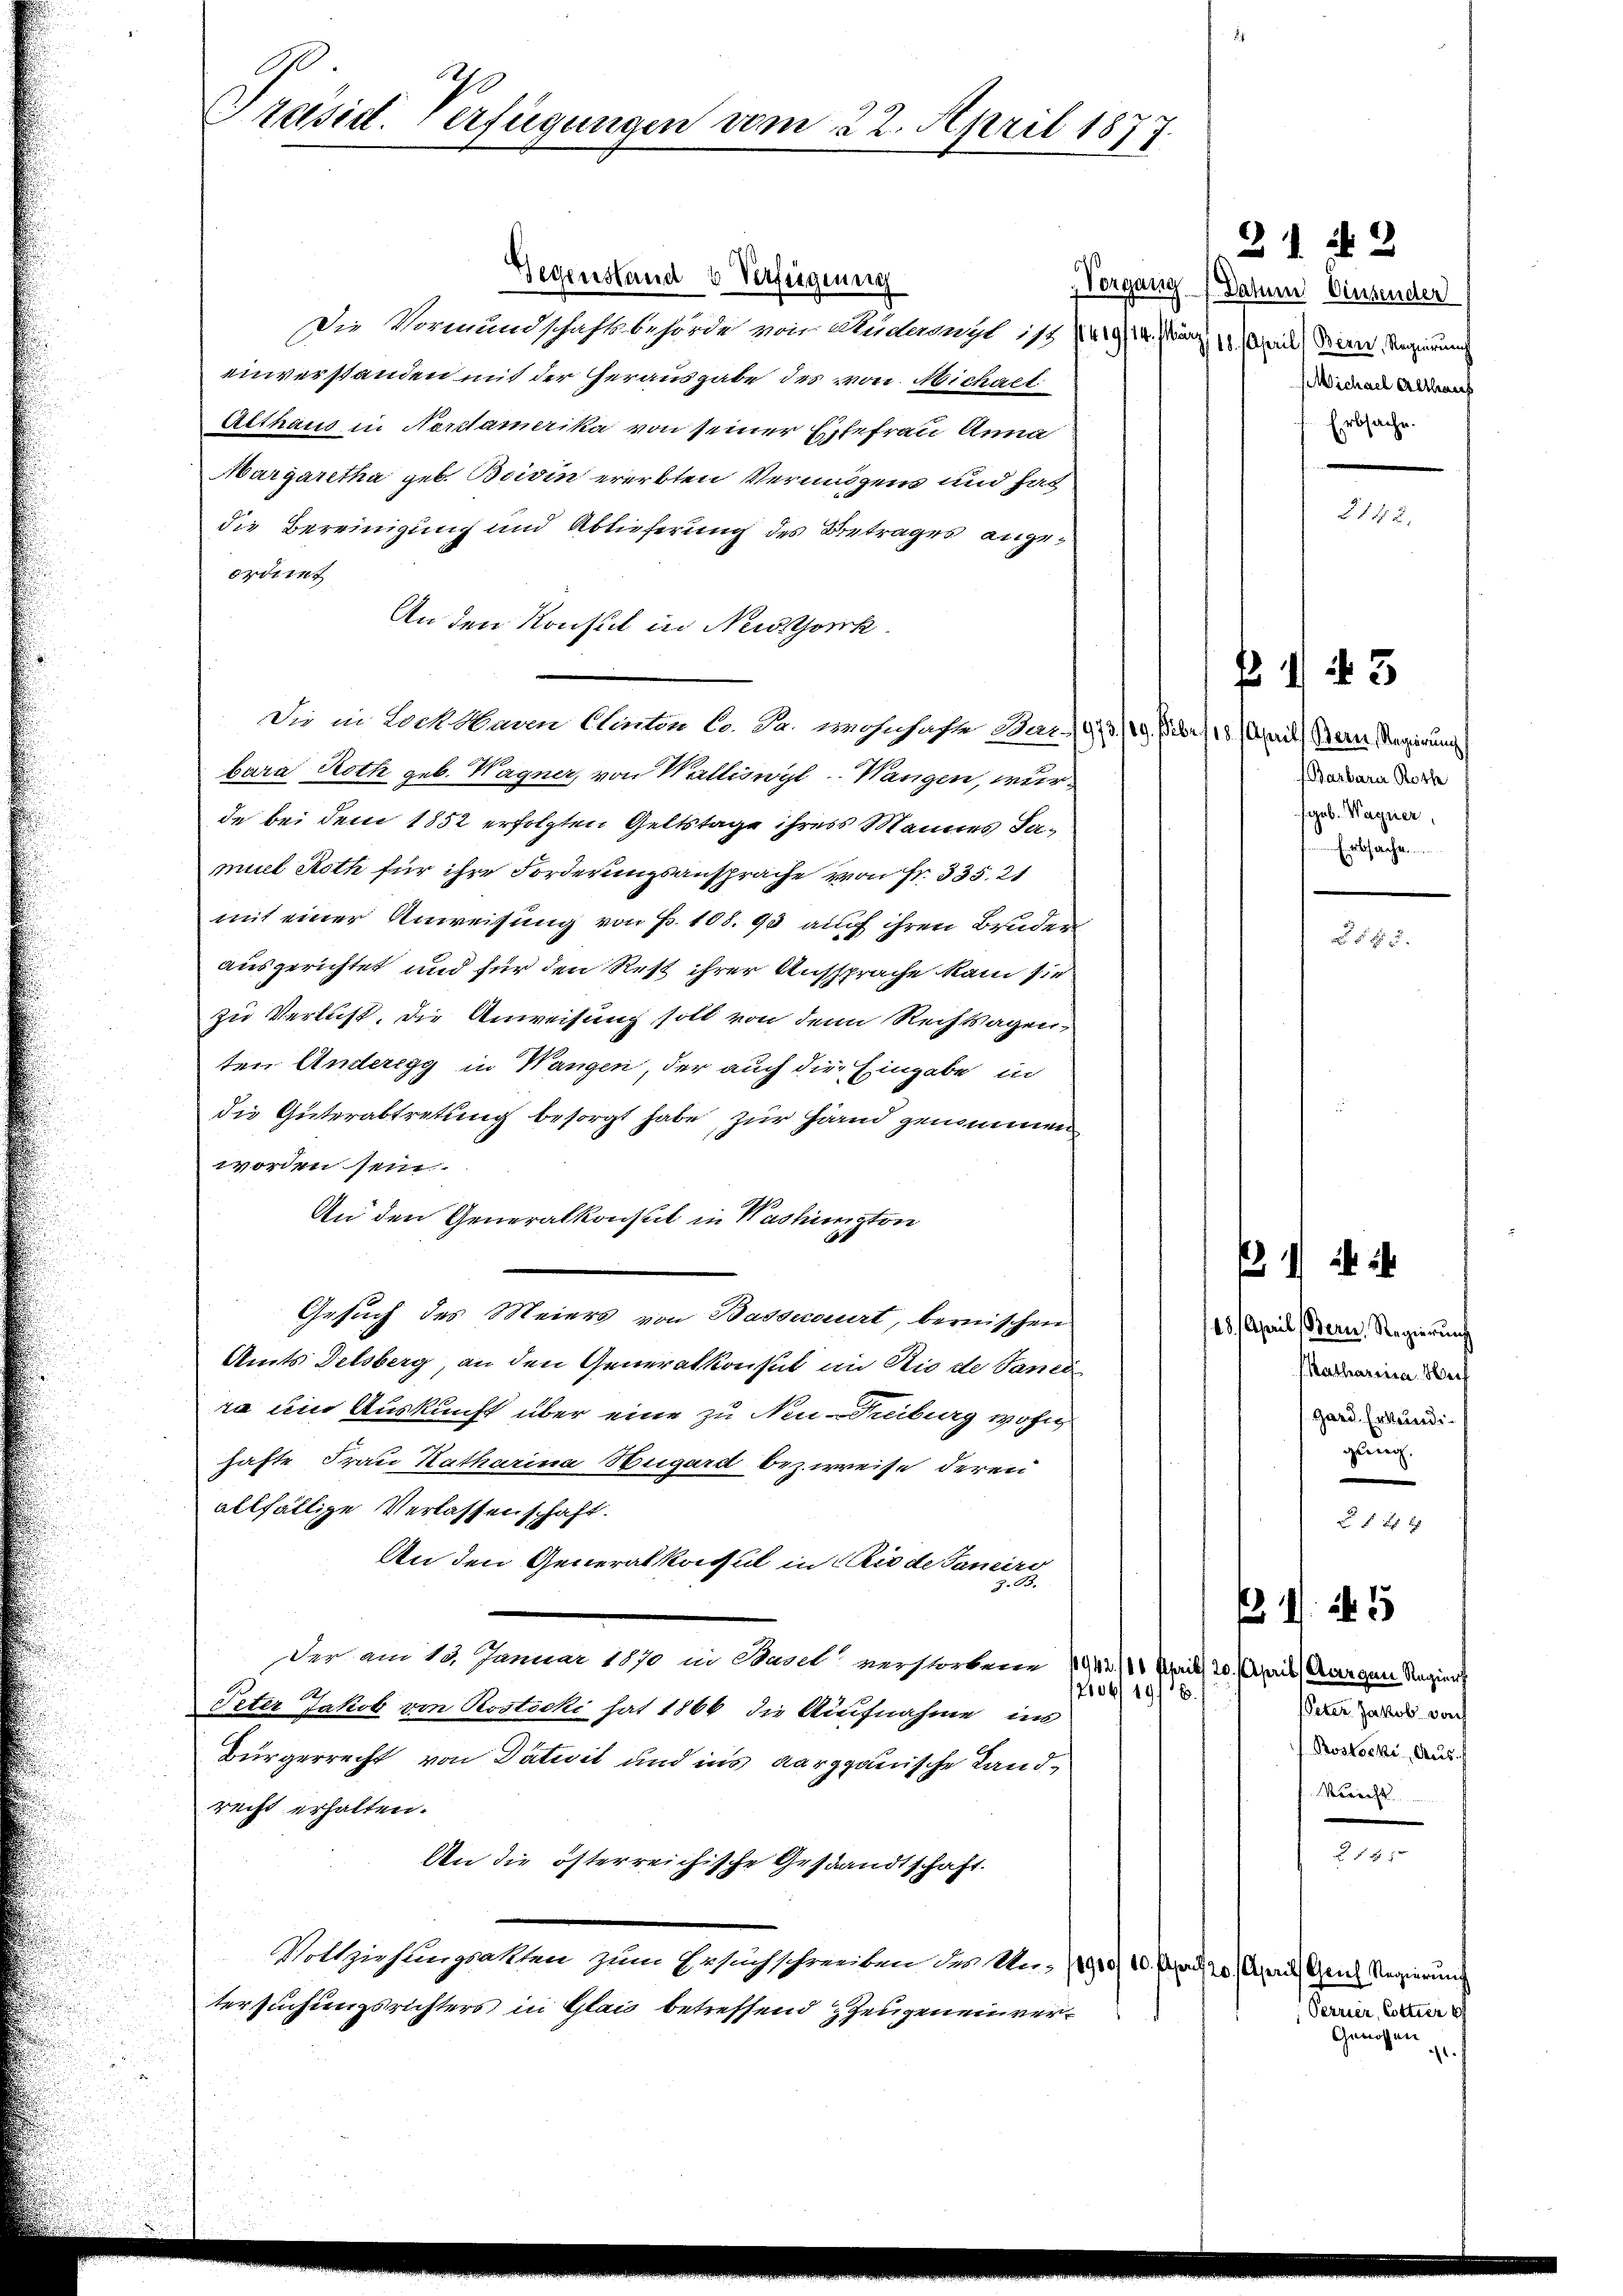
Präsid. Verfügungen vom 22. April 1877.

Die Vormundschaftsbehörde von Mudaengl i/49/14. No 11. April (Biere Regierung
einverstanden mit der Herausgabe des von Michaet
Althaus in Nordamerika von seiner Ehefrau Anna
Margaretha geb. Boivin ererbten Vermögens und hat
die Bereinigung und Ablieferung des Betrages angeordent
An den Konsul in Nestock
Die in Lochbaren Canton Co. Dr. wohnhaft Har- (973/19. Febr. 18. April) Bern Regierung
bara Roth geb. Wagner, von Walliswyl Wangen, wurde bei den 1852 erfolgten Geltstage ihrers Mannes Samuel Roth für ihre Forderungsansprache von Fr. 335. 21
mit einer Anweisung von Fr. 108. 93 auch ihren Bruden
ausgerichtet und für den Rest ihrer Aussprache kam sie
zu Verlust, die Anweisung soll von dem Rechtsagen,
ten Anderegg in Wangen, der auch die Eingabe in
die Güterabtretung besorgt habe zur Hand genommen
worden sein.
An den Generalkonsul in Washington
Gesuch des Meiers von Basscourt, bernischen
Amts Delsberg, an den Generalkonsul im Die de Janei
ra und Auskunft über eine zu Neu-Fribourg wohn
hafte Frau Katharina Hugard bezweife deren
allfällige Verlassenschaft.
An den Generalkonsul in Riede Sanire
z. B.
der am 12. Januar 1870 in Basel verstorbene 1942/10 April 20. April (Aargau Regiert
12006119/6.
Peter Jakob von Rostocki hat 1866 die Aufnahme in
Bürgerrecht von Datuit und ins Aargauische Landrecht erhalten.
An die österreichische Gestandtschaft.
Vollziehungsakten zum Ersuchschreiben der Un- 1910. Mag. 20. April, Genes Regierung
tersuchungsrichters in Glais betreffend Zeugen einver¬

Gegenstand & Verfügung

312
Vorgang (Datum Einsender
Michael Althener
Erbsache.

2 12 x

Barbara Rosse
egab. Wagner,
Erbsache

f 143

52.

18. April (Bern. Regierung
(Katharina Weih
gard Erkundigung.
 f 8 x
Peter Jakob vorf
Rostocki Aus
Berecht
 58 x
Perrier, Cottier
Genossen
.

p  i

1255